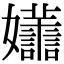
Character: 𡤮